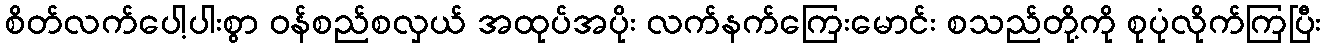
စိတ်လက်ပေါ့ပါးစွာ ဝန်စည်စလှယ် အထုပ်အပိုး လက်နက်ကြေးမောင်း စသည်တို့ကို စုပုံလိုက်ကြပြီး